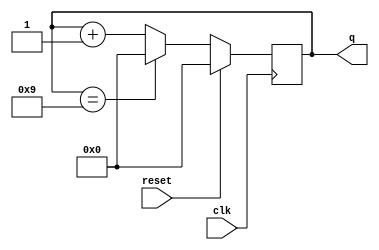
`timescale 1ns / 1ps

module synrecounter10(
    input clk,
    input reset,     //synchronous active-high reset
    output reg [3:0] q
    );
always@(posedge clk)
      begin
        if(reset)
           q<=4'b0000;
        else if(q==4'b1001) q<=4'b0000;
        else q<=q+1;
      end                      
endmodule